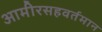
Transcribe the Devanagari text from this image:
आमीरसहवर्तमान